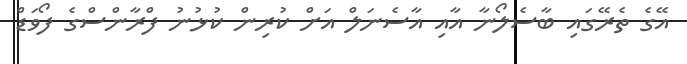
އޭގެ ތެރޭގައި ބާސެލޯނާ އާއި އާސެނަލް އަށް ކުރިން ކުޅުނު ފްރާންސްގެ ފޯވަޑް